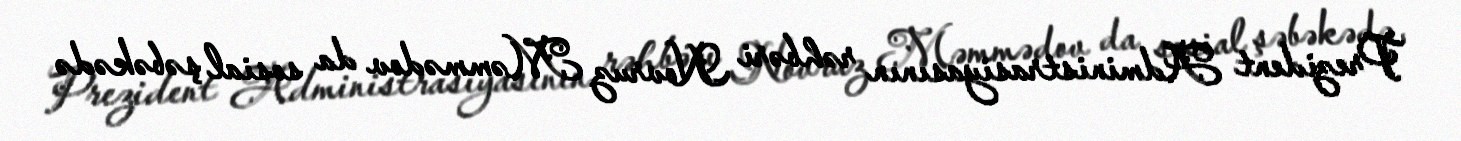
Prezident Administrasiyasının rəhbəri Novruz Məmmədov da sosial şəbəkədə